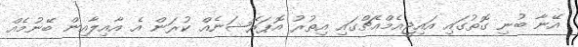
އޭނާ ބުނި ގޮތުގައި އައިޖީއެމްއެޗްގައި އިތުރު އޮޕަރޭޝަނެއް ކުރަން އެ އާއިލާއިން ބޭނުމެއް